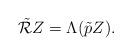
LaTeX: \begin{align*} \tilde{\mathcal{R}}Z = \Lambda(\tilde{p}Z).\end{align*}